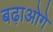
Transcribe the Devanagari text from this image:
बढ़ाओगे